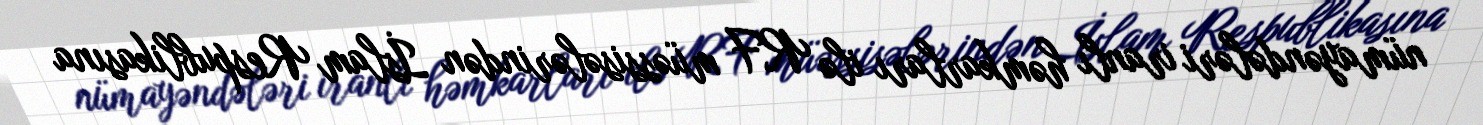
nümayəndələri iranlı həmkarları ilə RF müəssisələrindən İslam Respublikasına